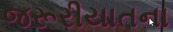
જરૂરીયાતના